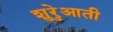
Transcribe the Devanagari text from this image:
शुरेुआती